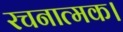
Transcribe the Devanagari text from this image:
रचनात्मक।